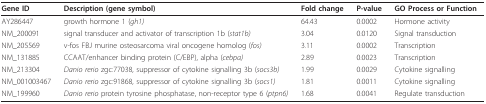
<table><thead><tr><td><b>Gene ID</b></td><td><b>Description (gene symbol)</b></td><td><b>Fold change</b></td><td><b>P-value</b></td><td><b>GO Process or Function</b></td></tr></thead><tbody><tr><td>AY286447</td><td>growth hormone 1 (<i>gh1)</i></td><td>64.43</td><td>0.0002</td><td>Hormone activity</td></tr><tr><td>NM_200091</td><td>signal transducer and activator of transcription 1b (<i>stat1b)</i></td><td>3.04</td><td>0.0120</td><td>Signal transduction</td></tr><tr><td>NM_205569</td><td>v-fos FBJ murine osteosarcoma viral oncogene homolog (<i>fos)</i></td><td>3.11</td><td>0.0002</td><td>Transcription</td></tr><tr><td>NM_131885</td><td>CCAAT/enhancer binding protein (C/EBP), alpha (<i>cebpa)</i></td><td>2.89</td><td>0.0023</td><td>Transcription</td></tr><tr><td>NM_213304</td><td><i>Danio rerio </i>zgc:77038, suppressor of cytokine signalling 3b (<i>socs3b)</i></td><td>1.99</td><td>0.0029</td><td>Cytokine signalling</td></tr><tr><td>NM_001003467</td><td><i>Danio rerio </i>zgc:91868, suppressor of cytokine signalling 3b (<i>socs1)</i></td><td>1.81</td><td>0.0011</td><td>Cytokine signalling</td></tr><tr><td>NM_199960</td><td><i>Danio rerio </i>protein tyrosine phosphatase, non-receptor type 6 (<i>ptpn6)</i></td><td>1.68</td><td>0.0041</td><td>Regulate transduction</td></tr></tbody></table>